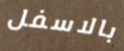
بالاسفل